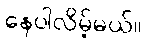
နေပါလိမ့်မယ်။